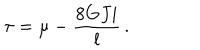
\tau = \mu - \frac { 8 G J i } { l } \, .